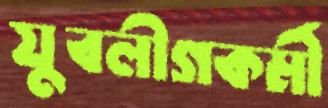
যুবলীগকর্মী